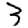
Digit: 3